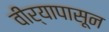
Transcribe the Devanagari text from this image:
वीर्यापासून